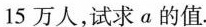
15万人，试求α的值。